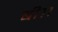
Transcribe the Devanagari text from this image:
बी११